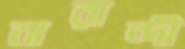
বারান্দী